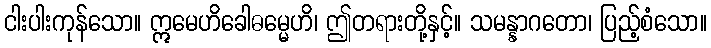
ငါးပါးကုန်သော။ ဣမေဟိခေါဓမ္မေဟိ၊ ဤတရားတို့နှင့်။ သမန္နာဂတော၊ ပြည့်စံသော။